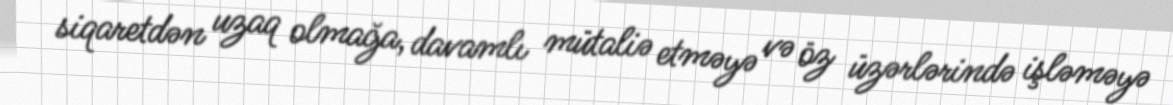
siqaretdən uzaq olmağa, davamlı mütaliə etməyə və öz üzərlərində işləməyə